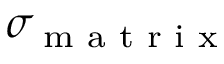
\sigma _ { \textup { m a t r i x } }